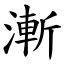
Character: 漸